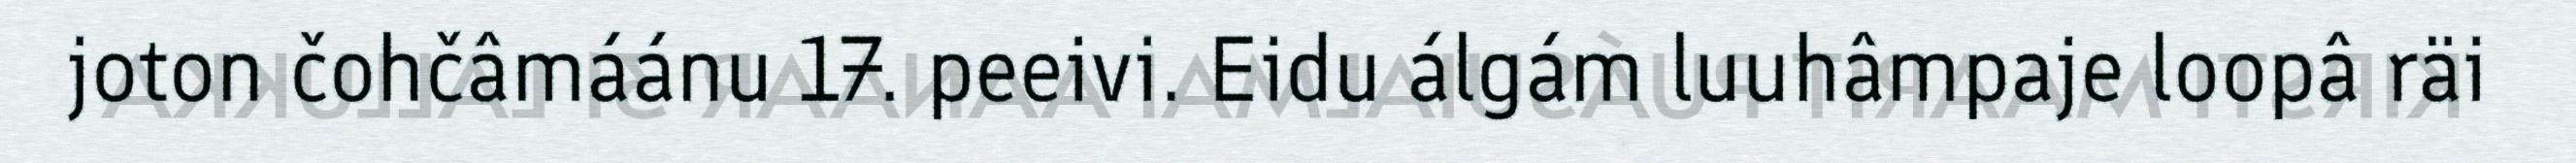
joton čohčâmáánu 17. peeivi. Eidu álgám luuhâmpaje loopâ räi